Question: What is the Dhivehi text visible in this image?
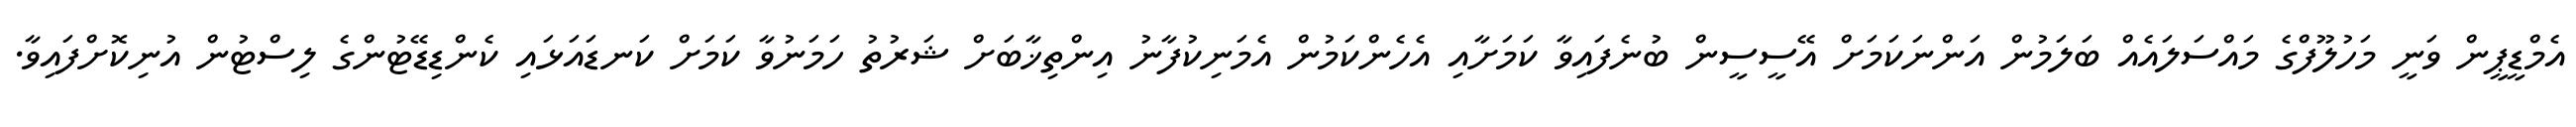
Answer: އެމްޑީޕީން ވަނީ މަހުލޫފްގެ މައްސަލައެއް ބަލަމުން އަންނަކަމަށް އޭސީސީން ބުނެފައިވާ ކަމަށާއި އެހެންކަމުން އެމަނިކުފާނު އިންތިޚާބަށް ޝަރުތު ހަމަނުވާ ކަމަށް ކަނޑައަޅައި ކެންޑިޑޭޓުންގެ ލިސްޓުން އުނިކޮށްފައިވާ.